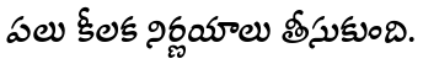
పలు కీలక నిర్ణయాలు తీసుకుంది.